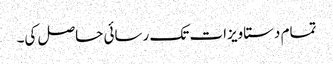
تمام دستاویزات تک رسائی حاصل کی۔